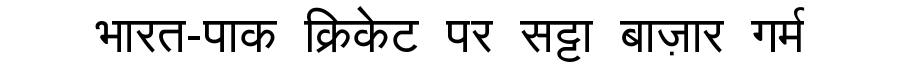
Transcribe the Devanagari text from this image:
भारत-पाक क्रिकेट पर सट्टा बाज़ार गर्म